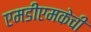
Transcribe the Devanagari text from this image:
एमडीएमकेची